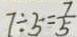
7 \div 5 = \frac { 7 } { 5 }